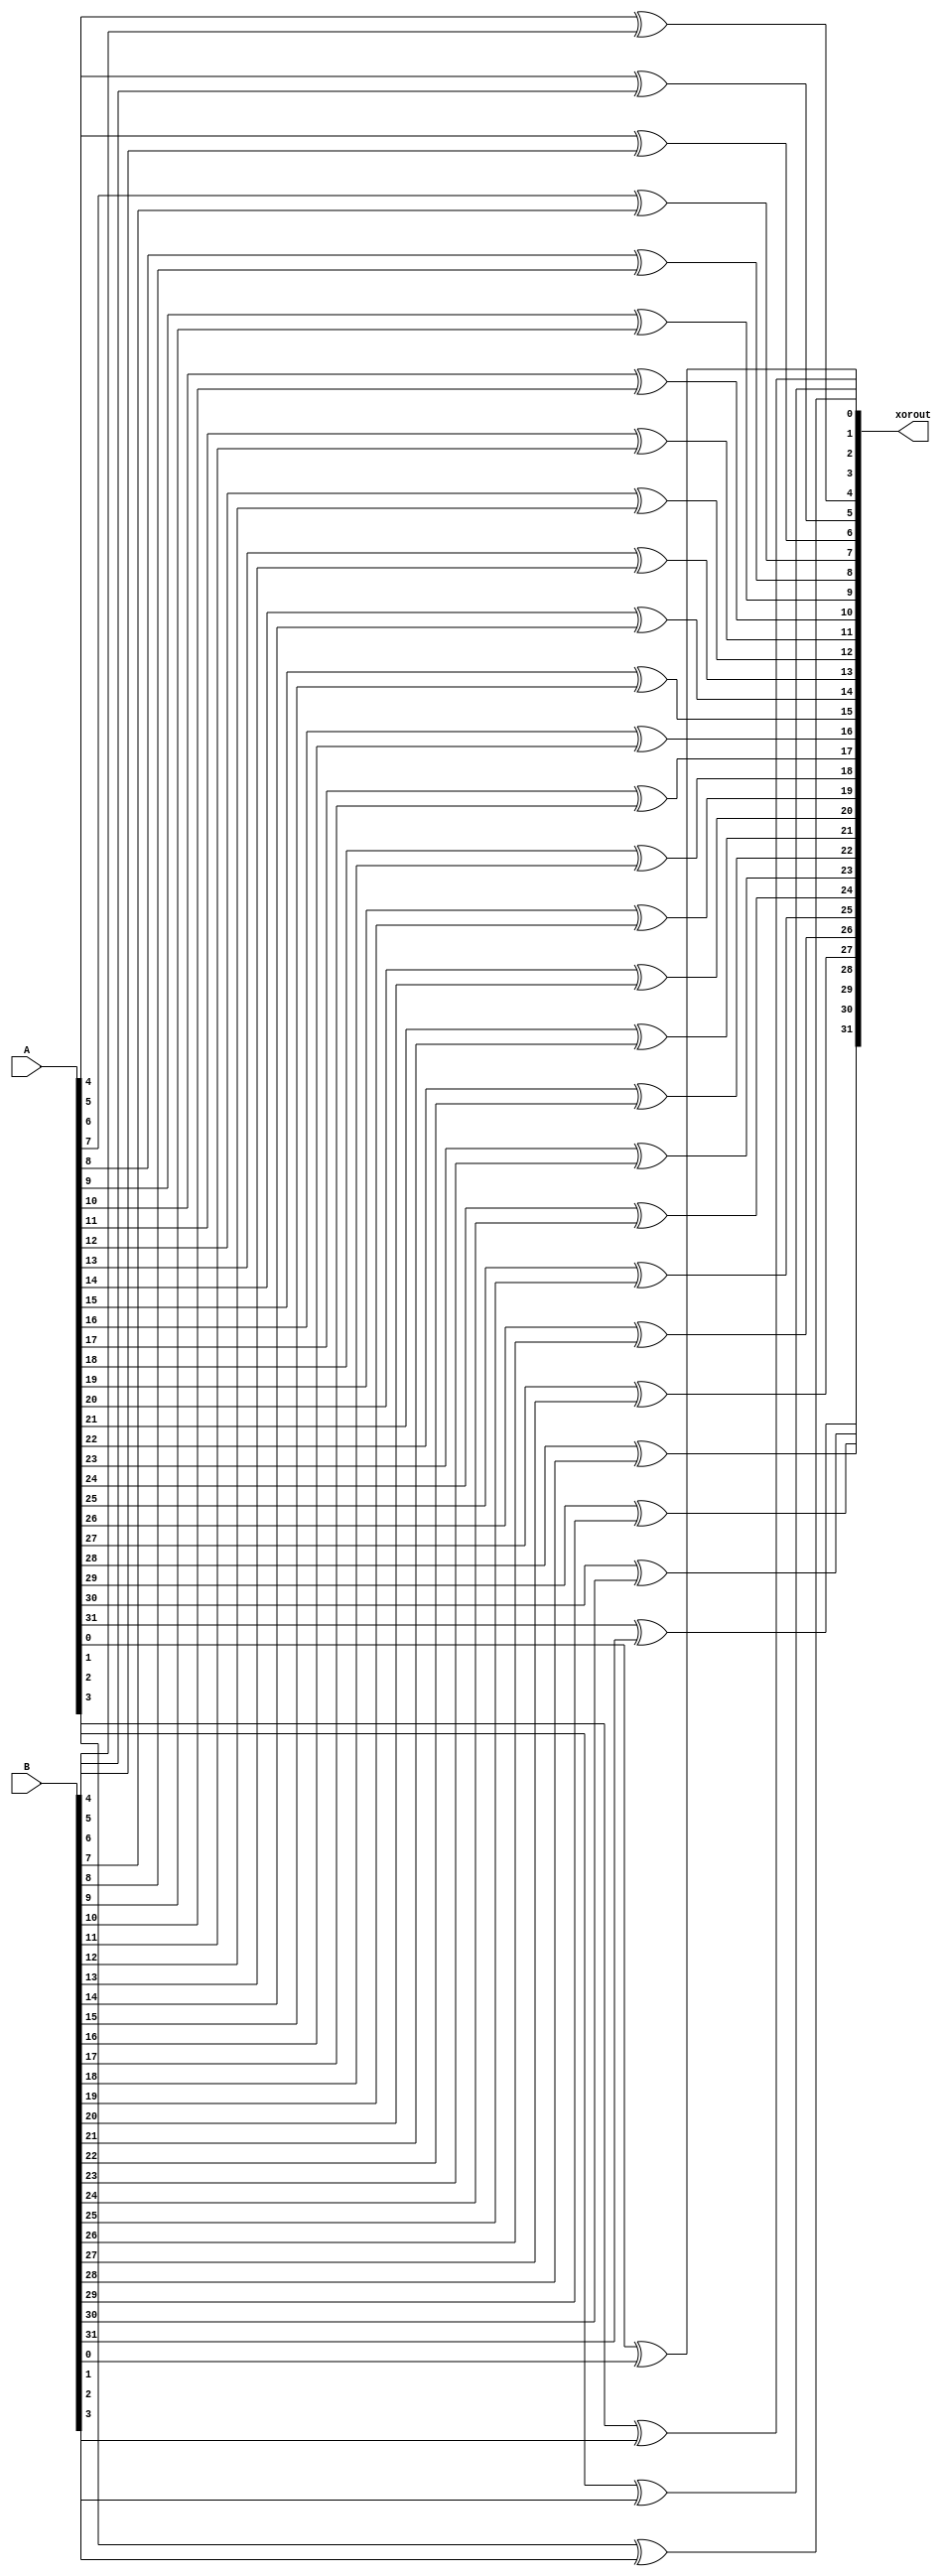
module xorop(xorout, A, B);
input [31:0] A;
input [31:0] B;
output [31:0] xorout;

xor xo1(xorout[0], A[0], B[0]);
xor xo2(xorout[1], A[1], B[1]);
xor xo3(xorout[2], A[2], B[2]);
xor xo4(xorout[3], A[3], B[3]);
xor xo5(xorout[4], A[4], B[4]);
xor xo6(xorout[5], A[5], B[5]);
xor xo7(xorout[6], A[6], B[6]);
xor xo8(xorout[7], A[7], B[7]);
xor xo9(xorout[8], A[8], B[8]);
xor xo0(xorout[9], A[9], B[9]);
xor xo11(xorout[10], A[10], B[10]);
xor xo12(xorout[11], A[11], B[11]);
xor xo13(xorout[12], A[12], B[12]);
xor xo14(xorout[13], A[13], B[13]);
xor xo15(xorout[14], A[14], B[14]);
xor xo16(xorout[15], A[15], B[15]);
xor xo17(xorout[16], A[16], B[16]);
xor xo18(xorout[17], A[17], B[17]);
xor xo19(xorout[18], A[18], B[18]);
xor Ao0(xorout[19], A[19], B[19]);
xor xo21(xorout[20], A[20], B[20]);
xor xo22(xorout[21], A[21], B[21]);
xor xo23(xorout[22], A[22], B[22]);
xor xo24(xorout[23], A[23], B[23]);
xor xo25(xorout[24], A[24], B[24]);
xor xo26(xorout[25], A[25], B[25]);
xor xo27(xorout[26], A[26], B[26]);
xor xo28(xorout[27], A[27], B[27]);
xor xo29(xorout[28], A[28], B[28]);
xor xo30(xorout[29], A[29], B[29]);
xor xo31(xorout[30], A[30], B[30]);
xor xo32(xorout[31], A[31], B[31]);

endmodule